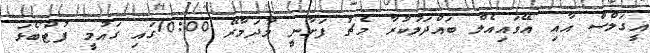
އީގަލްސް އާއި އޭވައިއެލް ބައްދަލުކުރާ މެޗު ފަށާނީ މާދަމާރޭ 10:00ގައި ގައުމީ ފުޓްބޯޅަ